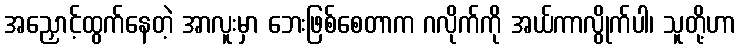
အညှောင့်ထွက်နေတဲ့ အာလူးမှာ ဘေးဖြစ်စေတာက ဂလိုက်ကို အယ်ကာလွိုက်ပါ၊ သူတို့ဟာ